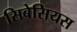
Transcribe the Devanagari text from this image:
सिबेसियस